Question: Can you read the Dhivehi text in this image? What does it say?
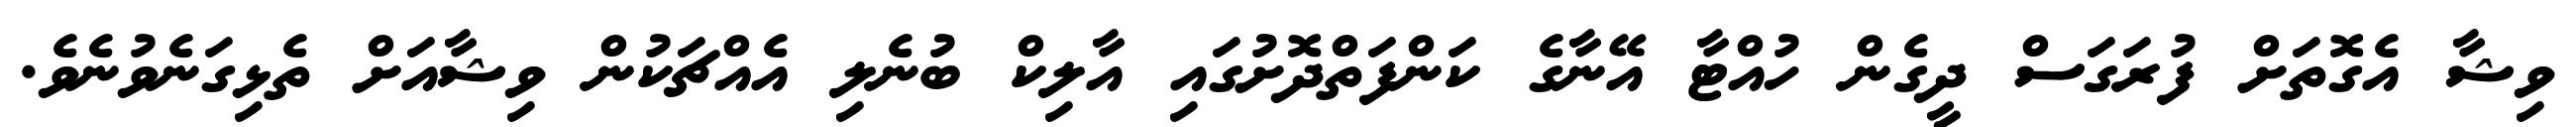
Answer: ވިޝާ އެގޮތަށް ފުރަގަސް ދީގެން ހުއްޓާ އޭނާގެ ކަންފަތްދޮށުގައި އާލިކް ބުނެލި އެއްޗަކުން ވިޝާއަށް ތެޅިގަނެވުނެވެ.